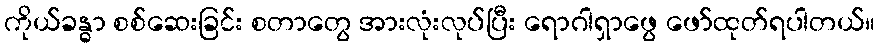
ကိုယ်ခန္ဓာ စစ်ဆေးခြင်း စတာတွေ အားလုံးလုပ်ပြီး ရောဂါရှာဖွေ ဖော်ထုတ်ရပါတယ်။